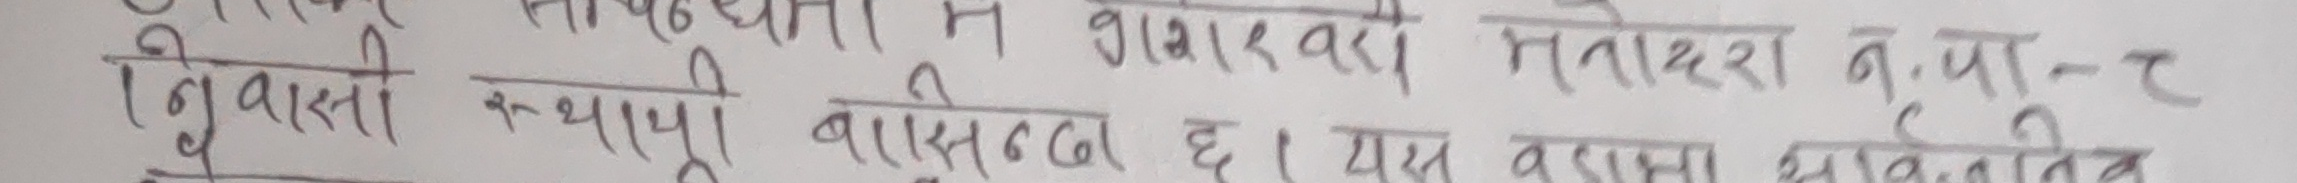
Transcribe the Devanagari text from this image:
सपर्धता मा गजारवारा मनोहर कृष्ण - त
दिगबासी स्थापना बासिन्दा छ । यस बासा भावातलिब